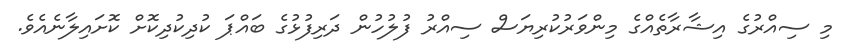
މި ސިއްރުގެ އިޝާރާތެއްގެ މިންވަރުކުރިޔަސް ސިއްރު ފުލުހުން ދަރިފުޅުގެ ބައްޕަ ކުދިކުދިކޮށް ކޮށައިލާނެއެވެ.